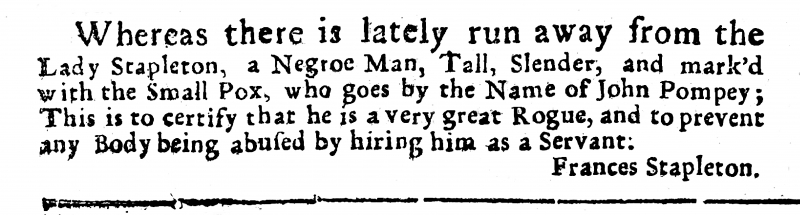
Post Man and the Historical Account, 14 February 1721 (England)
Whereas there is lately run away from the Lady Stapleton, a Negroe Man, Tall, Slender, and mark’d with the Small Pox, who goes by the Name of John Pompey; This is to certify that he is a very great Rogue and to prevent any Body being abused by hiring him as a Servant.                                                      Frances Stapleton.